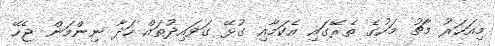
މިއަހަރު މާޗު މަހުގެ ތެރޭގައި އެކަމާއި ގުޅޭ ގަވައިދުތައް ހަދާ ނިންމަން ޖެހޭ